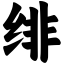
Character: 绯